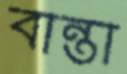
বান্তা